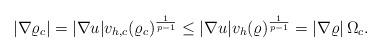
LaTeX: \begin{align*}|\nabla \varrho_c| = |\nabla u| v_{h,c}(\varrho_c)^{\frac{1}{p-1}} \le |\nabla u| v_{h}(\varrho)^{\frac{1}{p-1}} = |\nabla \varrho| \, \Omega_c.\end{align*}